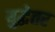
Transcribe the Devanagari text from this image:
युद्धेतर